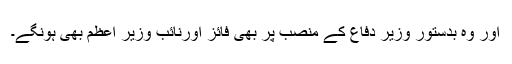
اور وہ بدستور وزیر دفاع کے منصب پر بھی فائز اورنائب وزیر اعظم بھی ہونگے۔